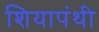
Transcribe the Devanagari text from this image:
शियापंथी